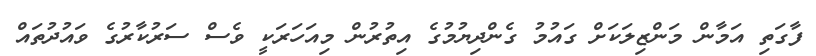
ފާގަތި އަމާން މަންޒިލަކަށް ގައުމު ގެންދިޔުމުގެ އިތުރުން މިއަހަރަކީ ވެސް ސަރުކާރުގެ ވައުދުތައް